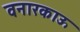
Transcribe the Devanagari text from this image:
वनारकाऊ